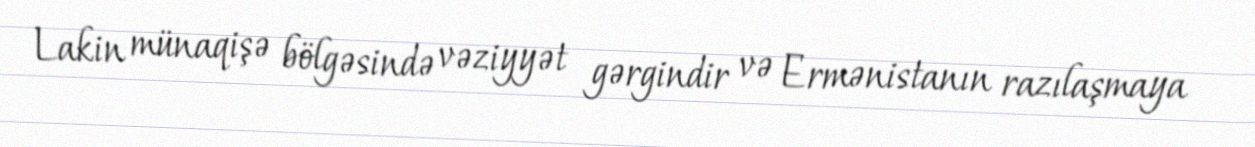
Lakin münaqişə bölgəsində vəziyyət gərgindir və Ermənistanın razılaşmaya